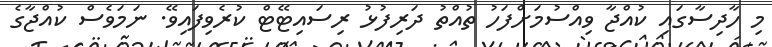
މި ހާދިސާގައި ކުއްޖާ ވިއްސުމަށްފަހު ތުއްތު ދަރިފުޅު ރިސައިޓޭޓް ކުރެވިފައިވޭ. ނަމަވެސް ކުއްޖާގެ